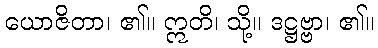
ယောဇိတာ၊ ၏။ ဣတိ၊ သို့။ ဒဋ္ဌဗ္ဗာ၊ ၏။